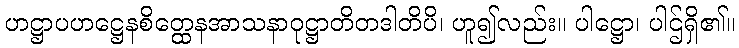
ဟဋ္ဌာပဟဋ္ဌေနစိတ္ထေနအာသနာဝုဋ္ဌာတိတဒါတိပိ၊ ဟူ၍လည်း။ ပါဋ္ဌော၊ ပါဌ်ရှိ၏။